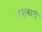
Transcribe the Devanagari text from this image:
लश्वारी